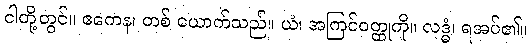
ငါတို့တွင်။ ဧကေန၊ တစ် ယောက်သည်။ ယံ၊ အကြင်ဝတ္ထုကို။ လဒ္ဓံ၊ ရအပ်၏။